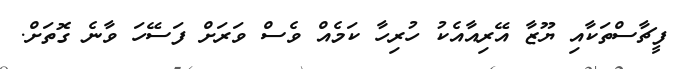
ފީޗާސްތަކާއި ޔޫޒާ އޭރިއާއެކު ހުރިހާ ކަމެއް ވެސް ވަރަށް ފަސޭހަ ވާނެ ގޮތަށް.